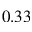
0 . 3 3